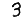
Digit: 3